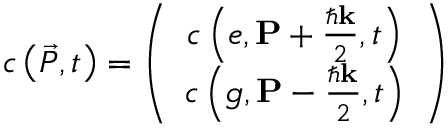
c \left( \vec { P } , t \right) = \left( \begin{array} { c } { c \left( e , \mathbf { P } + \frac { \hbar \mathbf { k } } { 2 } , t \right) } \\ { c \left( g , \mathbf { P } - \frac { \hbar \mathbf { k } } { 2 } , t \right) } \end{array} \right)